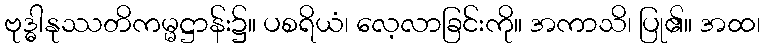
ဗုဒ္ဓါနုဿတိကမ္မဋ္ဌာန်း၌။ ပစရိယံ၊ လေ့လာခြင်းကို။ အကာသိ၊ ပြု၏။ အထ၊